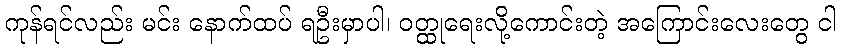
ကုန်ရင်လည်း မင်း နောက်ထပ် ရဦးမှာပါ၊ ဝတ္ထုရေးလို့ကောင်းတဲ့ အကြောင်းလေးတွေ ငါ